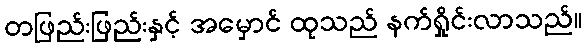
တဖြည်းဖြည်းနှင့် အမှောင် ထုသည် နက်ရှိုင်းလာသည်။